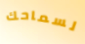
لسماحك